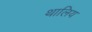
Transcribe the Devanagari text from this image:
थालिय